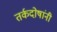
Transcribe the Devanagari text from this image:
तर्कदोषांनी